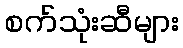
စက်သုံးဆီများ